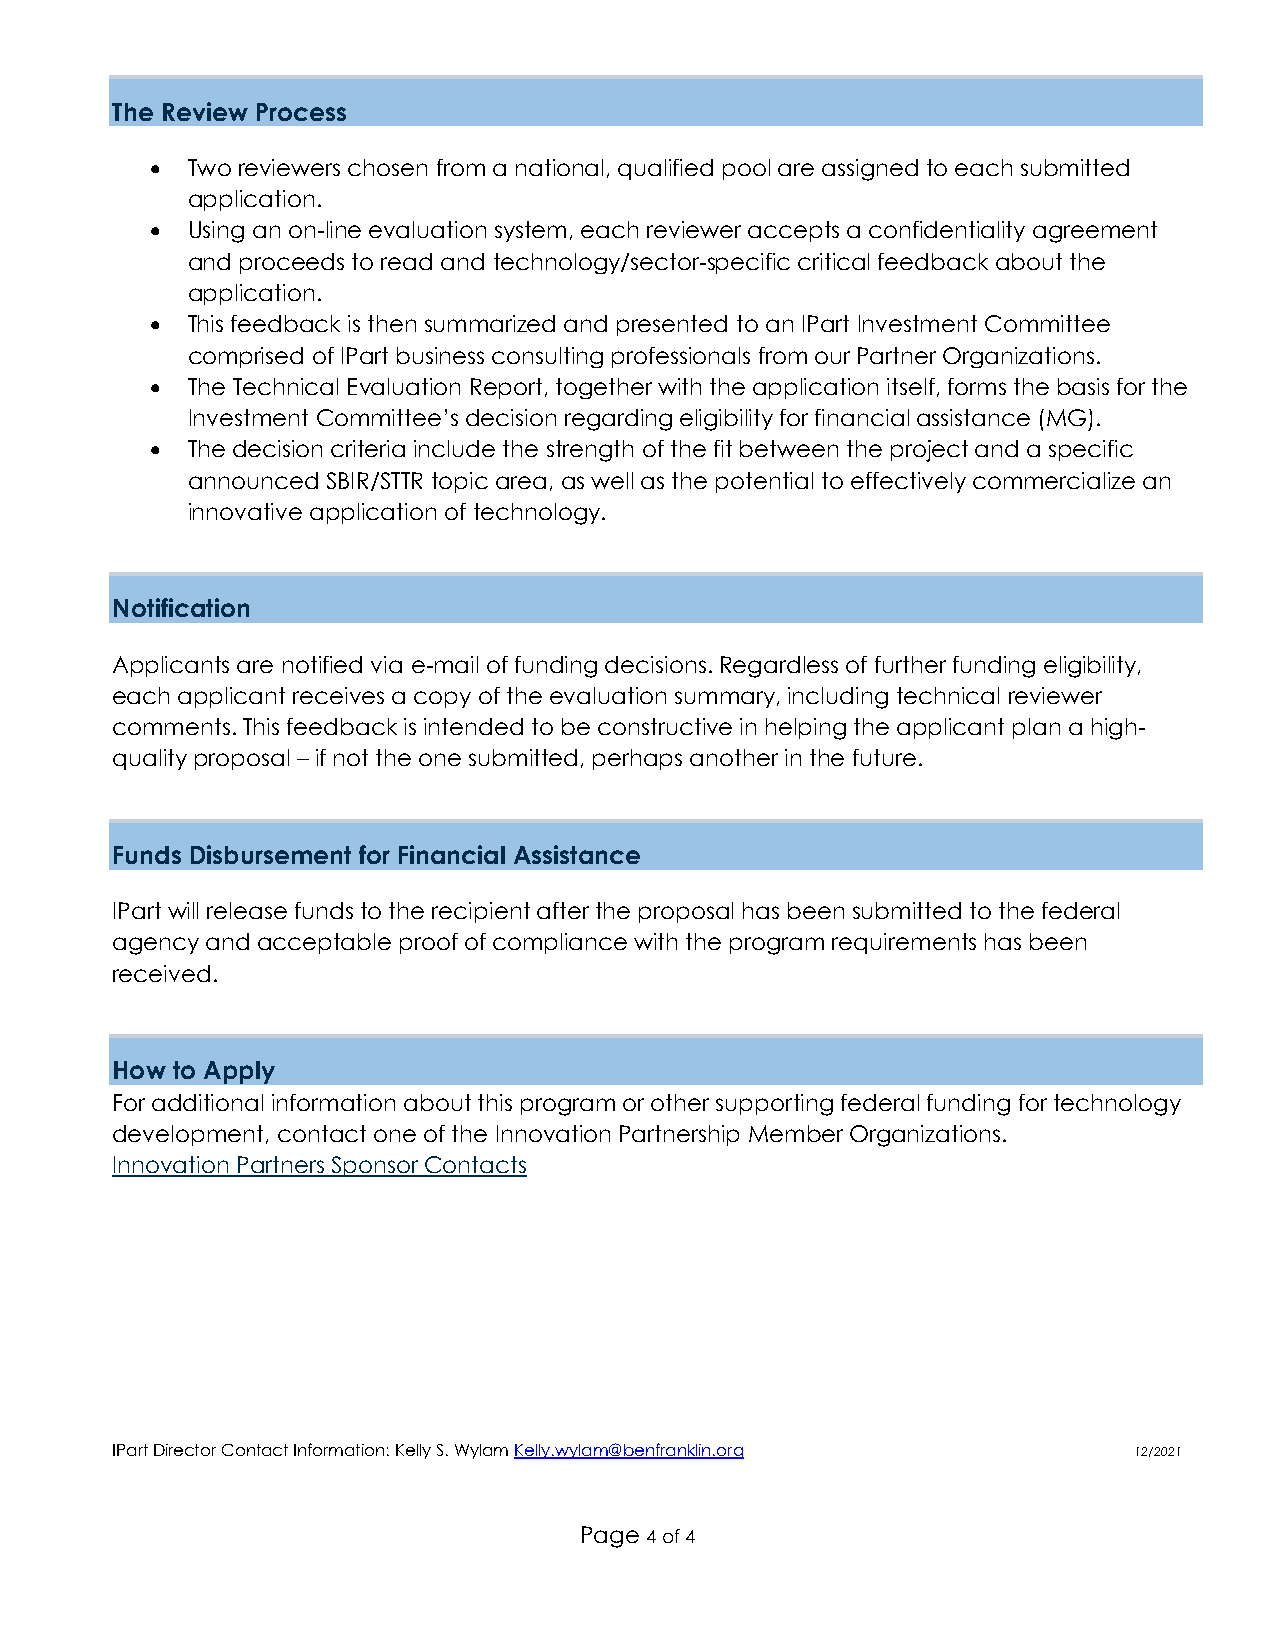
The Review Process
 • Two reviewers chosen from a national, qualified pool are assigned to each submitted
 application.
 • Using an on-line evaluation system, each reviewer accepts a confidentiality agreement
 and proceeds to read and technology/sector-specific critical feedback about the
 application.
 • This feedback is then summarized and presented to an IPart Investment Committee
 comprised of IPart business consulting professionals from our Partner Organizations.
 • The Technical Evaluation Report, together with the application itself, forms the basis for the
 Investment Committee’s decision regarding eligibility for financial assistance (MG).
 • The decision criteria include the strength of the fit between the project and a specific
 announced SBIR/STTR topic area, as well as the potential to effectively commercialize an
 innovative application of technology.
 Notification
 Applicants are notified via e-mail of funding decisions. Regardless of further funding eligibility,
 each applicant receives a copy of the evaluation summary, including technical reviewer
 comments. This feedback is intended to be constructive in helping the applicant plan a high-
 quality proposal – if not the one submitted, perhaps another in the future.
 Funds Disbursement for Financial Assistance
 IPart will release funds to the recipient after the proposal has been submitted to the federal
 agency and acceptable proof of compliance with the program requirements has been
 received.
 How to Apply
 For additional information about this program or other supporting federal funding for technology
 development, contact one of the Innovation Partnership Member Organizations.
 Innovation Partners Sponsor Contacts
 IPart Director Contact Information: Kelly S. Wylam Kelly.wylam@benfranklin.org 12/2021
 Page 4 of 4